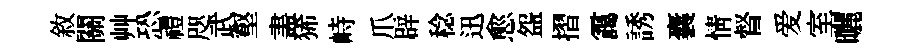
敘關艸恐禮咫武壑𥁞狶峙爪辟稔迅愈盌摺靄誘囊情督爱室曬